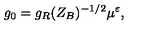
g _ { 0 } = g _ { R } ( Z _ { B } ) ^ { - 1 / 2 } \mu ^ { \varepsilon } ,